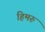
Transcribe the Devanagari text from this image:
हिमरु